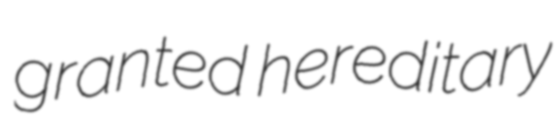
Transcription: granted hereditary